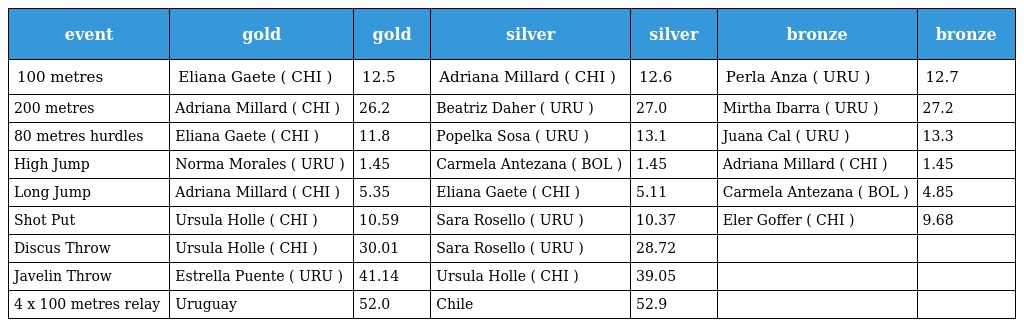
| event | gold | gold | silver | silver | bronze | bronze |
 | --- | --- | --- | --- | --- | --- | --- |
 | 100 metres | Eliana Gaete ( CHI ) | 12.5 | Adriana Millard ( CHI ) | 12.6 | Perla Anza ( URU ) | 12.7 |
 | 200 metres | Adriana Millard ( CHI ) | 26.2 | Beatriz Daher ( URU ) | 27.0 | Mirtha Ibarra ( URU ) | 27.2 |
 | 80 metres hurdles | Eliana Gaete ( CHI ) | 11.8 | Popelka Sosa ( URU ) | 13.1 | Juana Cal ( URU ) | 13.3 |
 | High Jump | Norma Morales ( URU ) | 1.45 | Carmela Antezana ( BOL ) | 1.45 | Adriana Millard ( CHI ) | 1.45 |
 | Long Jump | Adriana Millard ( CHI ) | 5.35 | Eliana Gaete ( CHI ) | 5.11 | Carmela Antezana ( BOL ) | 4.85 |
 | Shot Put | Ursula Holle ( CHI ) | 10.59 | Sara Rosello ( URU ) | 10.37 | Eler Goffer ( CHI ) | 9.68 |
 | Discus Throw | Ursula Holle ( CHI ) | 30.01 | Sara Rosello ( URU ) | 28.72 |  |  |
 | Javelin Throw | Estrella Puente ( URU ) | 41.14 | Ursula Holle ( CHI ) | 39.05 |  |  |
 | 4 x 100 metres relay | Uruguay | 52.0 | Chile | 52.9 |  |  |